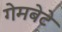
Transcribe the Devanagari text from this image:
गेमबेटे